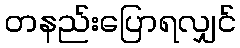
တနည်းပြောရလျှင်